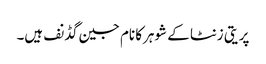
پریتی زنٹا کے شوہرکا نام جین گڈنف ہیں۔